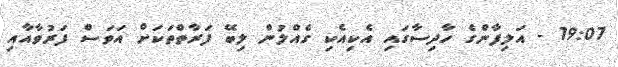
19:07 - އަލިފާންގެ ހާދިސާގައި އެކިއެކި ގެއްލުން ލިބޭ ފަރާތްތަކަށް އަވަސް ފަރުވާއާއި